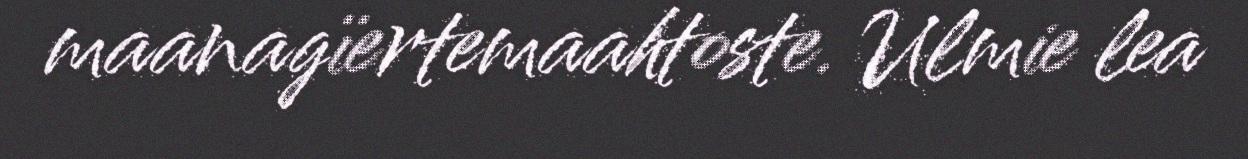
maanagïertemaahtoste. Ulmie lea